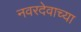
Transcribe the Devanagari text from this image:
नवरदेवाच्या